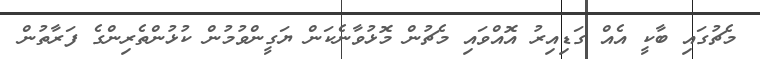
މެޗުގައި ބާކީ އެއް ގަޑިއިރު އޮއްވައި މެޗުން މޮޅުވާނެކަން ޔަގީންވުމުން ކުޅުންތެރިންގެ ފަރާތުން